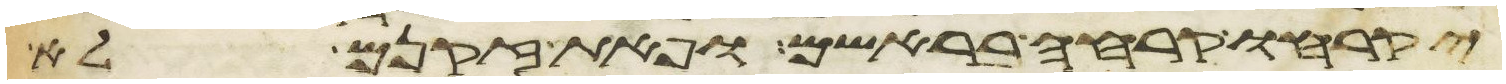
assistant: יקרחו קרחה בראשם ופאת זקנם לא